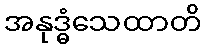
အနုဒ္ဓံသေထာတိ